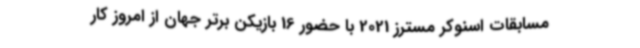
مسابقات اسنوکر مسترز 2021 با حضور 16 بازیکن برتر جهان از امروز کار